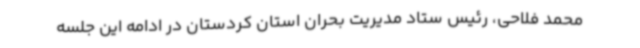
محمد فلاحی، رئیس ستاد مدیریت بحران استان کردستان در ادامه این جلسه